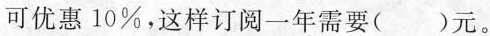
可优惠10%，这样订阅一年需要（ ）元。